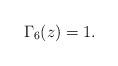
LaTeX: \begin{align*}\Gamma_{6}(z)=1.\end{align*}